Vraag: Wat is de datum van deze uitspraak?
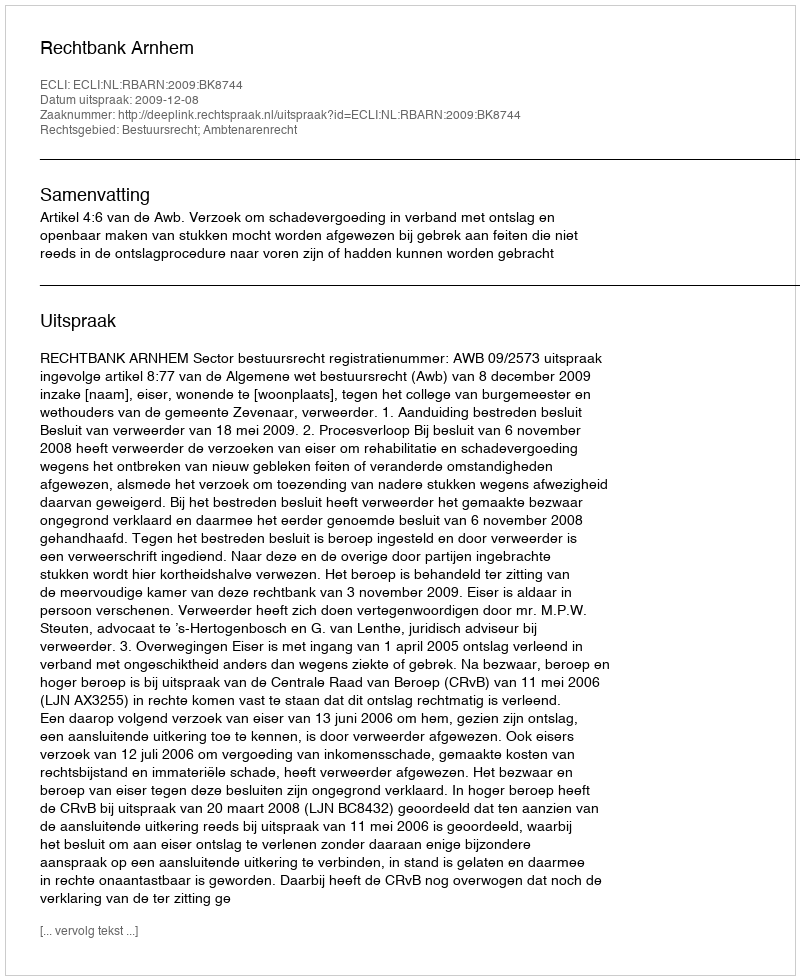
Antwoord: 2009-12-08